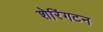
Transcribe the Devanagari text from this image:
शेरिंगटन